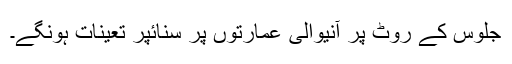
جلوس کے روٹ پر آنیوالی عمارتوں پر سنائپر تعینات ہونگے۔